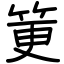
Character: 筻